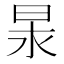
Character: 𭥢